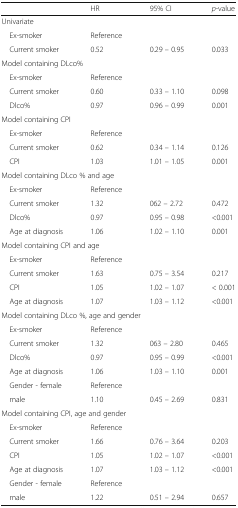
|  | HR | 95% CI | p-value |
 | --- | --- | --- | --- |
 | <COLSPAN=4> Univariate |
 | Ex-smoker | Reference |  |  |
 | Current smoker | 0.52 | 0.29 – 0.95 | 0.033 |
 | <COLSPAN=4> Model containing DLco% |
 | Ex-smoker | Reference |  |  |
 | Current smoker | 0.60 | 0.33 – 1.10 | 0.098 |
 | Dlco% | 0.97 | 0.96 – 0.99 | 0.001 |
 | <COLSPAN=4> Model containing CPI |
 | Ex-smoker | Reference |  |  |
 | Current smoker | 0.62 | 0.34 – 1.14 | 0.126 |
 | CPI | 1.03 | 1.01 – 1.05 | 0.001 |
 | <COLSPAN=4> Model containing DLco % and age |
 | Ex-smoker | Reference |  |  |
 | Current smoker | 1.32 | 062 – 2.72 | 0.472 |
 | Dlco% | 0.97 | 0.95 – 0.98 | <0.001 |
 | Age at diagnosis | 1.06 | 1.02 – 1.10 | 0.001 |
 | <COLSPAN=4> Model containing CPI and age |
 | Ex-smoker | Reference |  |  |
 | Current smoker | 1.63 | 0.75 – 3.54 | 0.217 |
 | CPI | 1.05 | 1.02 – 1.07 | < 0.001 |
 | Age at diagnosis | 1.07 | 1.03 – 1.12 | <0.001 |
 | <COLSPAN=4> Model containing DLco %, age and gender |
 | Ex-smoker | Reference |  |  |
 | Current smoker | 1.32 | 063 – 2.80 | 0.465 |
 | Dlco% | 0.97 | 0.95 – 0.99 | <0.001 |
 | Age at diagnosis | 1.06 | 1.03 – 1.10 | 0.001 |
 | Gender - female | Reference |  |  |
 | male | 1.10 | 0.45 – 2.69 | 0.831 |
 | <COLSPAN=4> Model containing CPI, age and gender |
 | Ex-smoker | Reference |  |  |
 | Current smoker | 1.66 | 0.76 – 3.64 | 0.203 |
 | CPI | 1.05 | 1.02 – 1.07 | <0.001 |
 | Age at diagnosis | 1.07 | 1.03 – 1.12 | <0.001 |
 | Gender - female | Reference |  |  |
 | male | 1.22 | 0.51 – 2.94 | 0.657 |